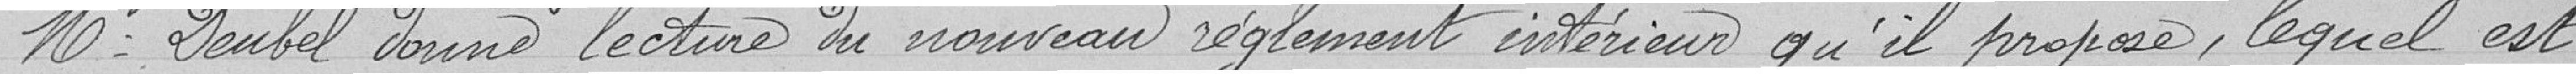
" Mr Deubel donne lecture du nouveau règlement intérieur qu'il propose, lequel est